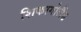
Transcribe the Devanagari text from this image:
शिकागोलैंड